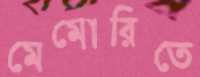
মেমোরিতে